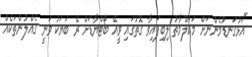
"އަޅުގަނޑުމެންނަށް މައުލޫމާތު ލިބިފައިވާ ގޮތުގައި ވީއޭ ބޯޓްޔާޑަށް ރޭ ބަޔަކު ވަނީ ގެއްލުންތަކެއް